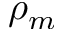
\rho _ { m }